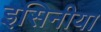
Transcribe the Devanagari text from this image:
इसिनीया